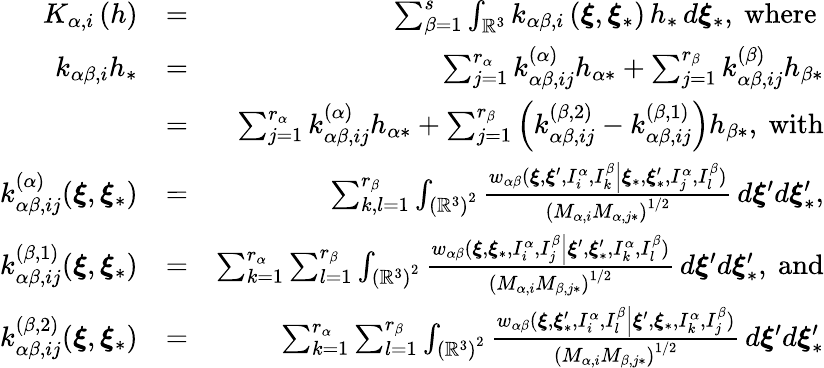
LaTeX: \begin{array}{rlr}{K_{\alpha,i}\left(h\right)}&{=}&{\sum_{\beta=1}^{s}\int_{\mathbb{R}^{3}}k_{\alpha\beta,i}\left(\boldsymbol{\xi},\boldsymbol{\xi}_{\ast}\right)\, h_{\ast}\, d\boldsymbol{\xi}_{\ast}\mathrm{,~where~}}\\ {k_{\alpha\beta,i}h_{\ast}}&{=}&{\sum_{j=1}^{r_{\alpha}}k_{\alpha\beta,ij}^{\left(\alpha\right)}h_{\alpha\ast}+\sum_{j=1}^{r_{\beta}}k_{\alpha\beta,ij}^{\left(\beta\right)}h_{\beta\ast}}\\ &{=}&{\sum_{j=1}^{r_{\alpha}}k_{\alpha\beta,ij}^{\left(\alpha\right)}h_{\alpha\ast}+\sum_{j=1}^{r_{\beta}}\left(k_{\alpha\beta,ij}^{\left(\beta,2\right)}-k_{\alpha\beta,ij}^{\left(\beta,1\right)}\right)h_{\beta\ast}\mathrm{,~with}}\\ {k_{\alpha\beta,ij}^{\left(\alpha\right)}(\boldsymbol{\xi},\boldsymbol{\xi}_{\ast})}&{=}&{\sum_{k,l=1}^{r_{\beta}}\int_{\left(\mathbb{R}^{3}\right)^{2}}\frac{w_{\alpha\beta}(\boldsymbol{\xi},\boldsymbol{\xi}^{\prime},I_{i}^{\alpha},I_{k}^{\beta}\left\vert\boldsymbol{\xi}_{\ast},\boldsymbol{\xi}_{\ast}^{\prime},I_{j}^{\alpha},I_{l}^{\beta}\right.)}{\left(M_{\alpha,i}M_{\alpha,j\ast}\right)^{1/2}}\, d\boldsymbol{\xi}^{\prime}d\boldsymbol{\xi}_{\ast}^{\prime}\mathrm{,}}\\ {k_{\alpha\beta,ij}^{\left(\beta,1\right)}(\boldsymbol{\xi},\boldsymbol{\xi}_{\ast})}&{=}&{\sum_{k=1}^{r_{\alpha}}\sum_{l=1}^{r_{\beta}}\int_{\left(\mathbb{R}^{3}\right)^{2}}\frac{w_{\alpha\beta}(\boldsymbol{\xi},\boldsymbol{\xi}_{\ast},I_{i}^{\alpha},I_{j}^{\beta}\left\vert\boldsymbol{\xi}^{\prime},\boldsymbol{\xi}_{\ast}^{\prime},I_{k}^{\alpha},I_{l}^{\beta}\right.)}{\left(M_{\alpha,i}M_{\beta,j\ast}\right)^{1/2}}\, d\boldsymbol{\xi}^{\prime}d\boldsymbol{\xi}_{\ast}^{\prime}\mathrm{,~and}}\\ {k_{\alpha\beta,ij}^{\left(\beta,2\right)}(\boldsymbol{\xi},\boldsymbol{\xi}_{\ast})}&{=}&{\sum_{k=1}^{r_{\alpha}}\sum_{l=1}^{r_{\beta}}\int_{\left(\mathbb{R}^{3}\right)^{2}}\frac{w_{\alpha\beta}(\boldsymbol{\xi},\boldsymbol{\xi}_{\ast}^{\prime},I_{i}^{\alpha},I_{l}^{\beta}\left\vert\boldsymbol{\xi}^{\prime},\boldsymbol{\xi}_{\ast},I_{k}^{\alpha},I_{j}^{\beta}\right.)}{\left(M_{\alpha,i}M_{\beta,j\ast}\right)^{1/2}}\, d\boldsymbol{\xi}^{\prime}d\boldsymbol{\xi}_{\ast}^{\prime}}\end{array}